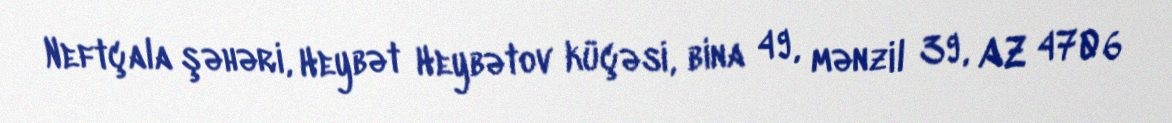
Neftçala şəhəri, Heybət Heybətov küçəsi, bina 49, mənzil 39, AZ 4706